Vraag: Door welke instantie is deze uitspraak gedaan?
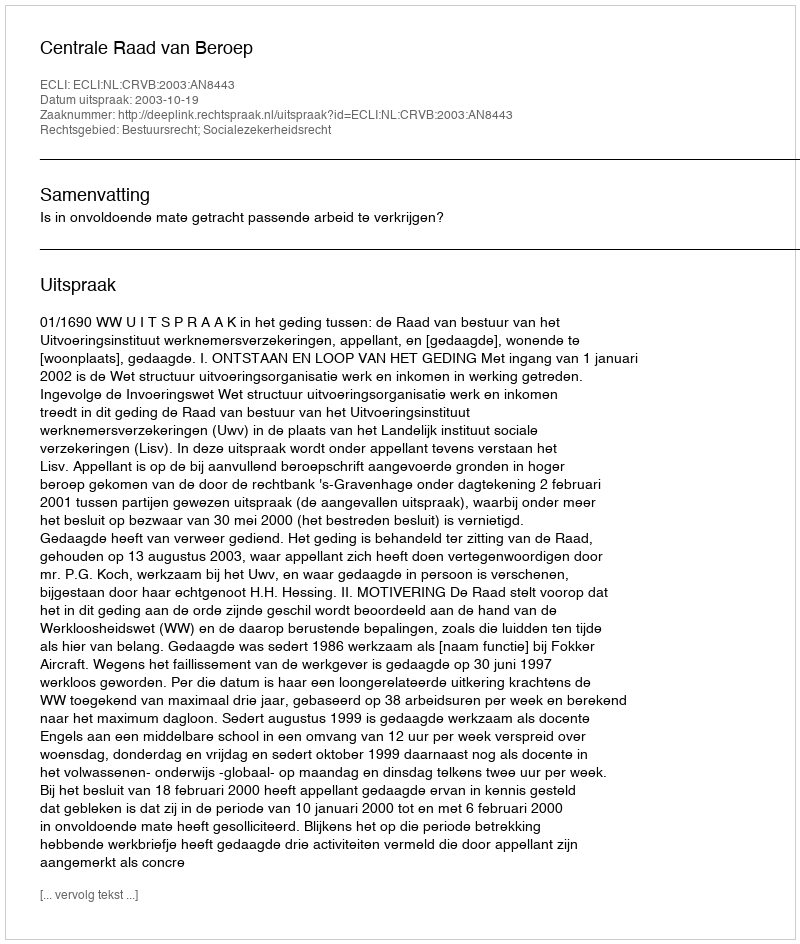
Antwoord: Centrale Raad van Beroep